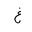
Letter: _gayn